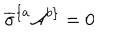
\overline { { { \sigma } } } ^ { \{ a } { \cal A } ^ { b \} } = 0